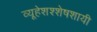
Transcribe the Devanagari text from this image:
व्यूहेशश्शेषशायी